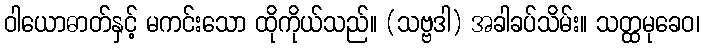
ဝါယောဓာတ်နှင့် မကင်းသော ထိုကိုယ်သည်။ (သဗ္ဗဒါ) အခါခပ်သိမ်း။ သတ္ထမုခေဝ၊